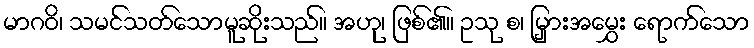
မာဂဝိ၊ သမင်သတ်သောမူဆိုးသည်။ အဟု၊ ဖြစ်၏။ ဥသု စ၊ မြှားအမွှေး ရောက်သော